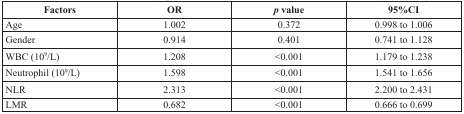
| Factors | OR | p value | 95%CI |
 | --- | --- | --- | --- |
 | Age | 1.002 | 0.372 | 0.998 to 1.006 |
 | Gender | 0.914 | 0.401 | 0.741 to 1.128 |
 | WBC (109/L) | 1.208 | <0.001 | 1.179 to 1.238 |
 | Neutrophil (109/L) | 1.598 | <0.001 | 1.541 to 1.656 |
 | NLR | 2.313 | <0.001 | 2.200 to 2.431 |
 | LMR | 0.682 | <0.001 | 0.666 to 0.699 |